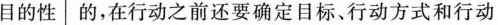
目的性的，在行动之前还要确定目标、行动方式和行动